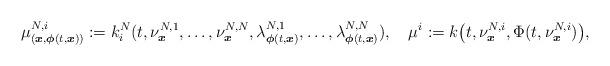
LaTeX: \begin{align*}\mu_{(\boldsymbol{x},\boldsymbol{\phi}(t,\boldsymbol{x}))}^{N,i}:=k_i^N(t,\nu^{N,1}_{\boldsymbol{x}},\ldots,\nu^{N,N}_{\boldsymbol{x}},\lambda^{N,1}_{\boldsymbol{\phi}(t,\boldsymbol{x})},\ldots,\lambda^{N,N}_{\boldsymbol{\phi}(t,\boldsymbol{x})}),\quad\mu^i:=k\big(t,\nu^{N,i}_{\boldsymbol{x}},\Phi(t,\nu^{N,i}_{\boldsymbol{x}})\big),\end{align*}